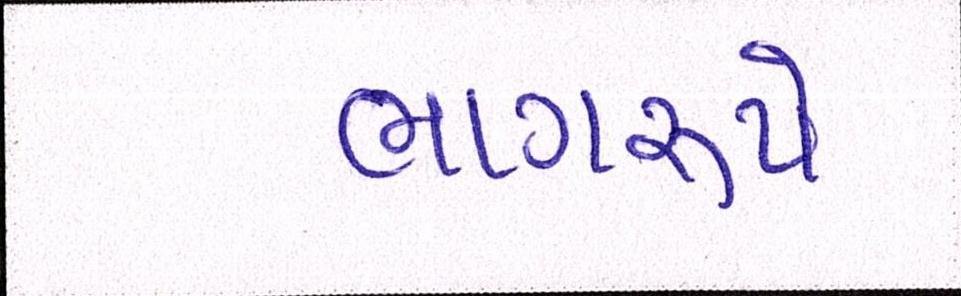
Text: ભાગરૂપે